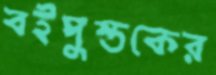
বইপুস্তকের